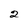
Character: 2